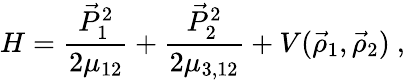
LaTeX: H=\frac{\vec{P}_{1}^{2}}{2\mu_{12}}+\frac{\vec{P}_{2}^{2}}{2\mu_{3,12}}+V(\vec{\rho}_{1},\vec{\rho}_{2})~,